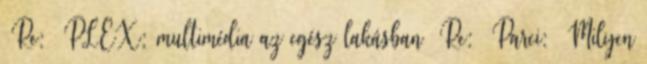
Re: PLEX: multimédia az egész lakásban Re: Parci: Milyen